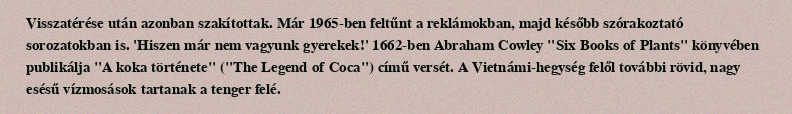
Visszatérése után azonban szakítottak. Már 1965-ben feltűnt a reklámokban, majd később szórakoztató sorozatokban is. 'Hiszen már nem vagyunk gyerekek!' 1662-ben Abraham Cowley "Six Books of Plants" könyvében publikálja "A koka története" ("The Legend of Coca") című versét. A Vietnámi-hegység felől további rövid, nagy esésű vízmosások tartanak a tenger felé.